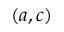
( a , c )